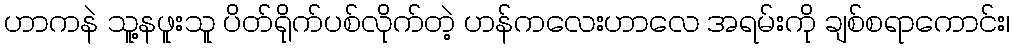
ဟာကနဲ သူ့နဖူးသူ ပိတ်ရိုက်ပစ်လိုက်တဲ့ ဟန်ကလေးဟာလေ အရမ်းကို ချစ်စရာကောင်း၊